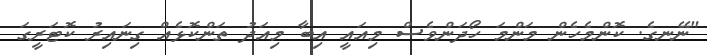
"ނޭނގެ. ކޮންމެހެން މަންމަ ހޯދަންވެސް މިއައީ އިބާ މިއަދު ތަންކޮޅެއް ގިނައިރު ކޮޓަރީގަ